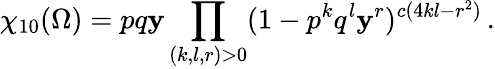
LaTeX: \chi_{10}(\Omega)=pq\mathbf{y}\prod_{(k,l,r)>0}(1-p^{k}q^{l}\mathbf{y}^{r})^{c(4kl-r^{2})}\, .